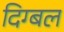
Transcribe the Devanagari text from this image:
दिग्बल